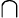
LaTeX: \cap